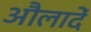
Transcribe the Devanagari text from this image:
औलादें